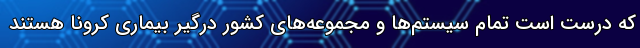
که درست است تمام سیستم‌ها و مجموعه‌های کشور درگیر بیماری کرونا هستند